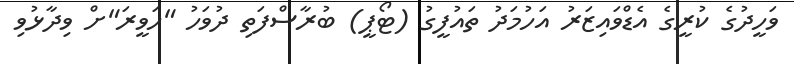
ވަހީދުގެ ކުރީގެ އެޑްވައިޒަރު އަހުމަދު ތައުފީގު (ޓޯޕީ) ބުރާސްފަތި ދުވަހު "ހަވީރަ"ށް ވިދާޅުވި